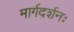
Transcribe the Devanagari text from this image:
मार्गदर्शनः